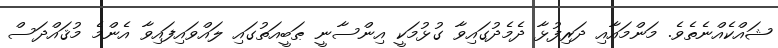
ޝައްކެއްނެތެވެ. މަންމައާއި ދަރިފުޅާ ދެމެދުގައިވާ ގުޅުމަކީ އިންސާނީ ޠަބީއަތުގައި ލައްވައިފައިވާ އެންމެ މުޤައްދަސް